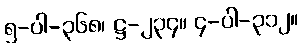
၅-ပါ-၃၆၈၊ ဋ္ဌ-၂၃၄။ ၄-ပါ-၃၁၂။